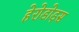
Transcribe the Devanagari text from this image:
हेरोडोड़स